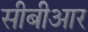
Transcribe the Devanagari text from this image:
सीबीआर